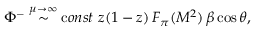
\Phi ^ { - } \stackrel { \mu \to \infty } { \sim } { \mathrm c o n s t } \ z ( 1 - z ) \, F _ { \pi } ( M ^ { 2 } ) \, \beta \cos \theta ,